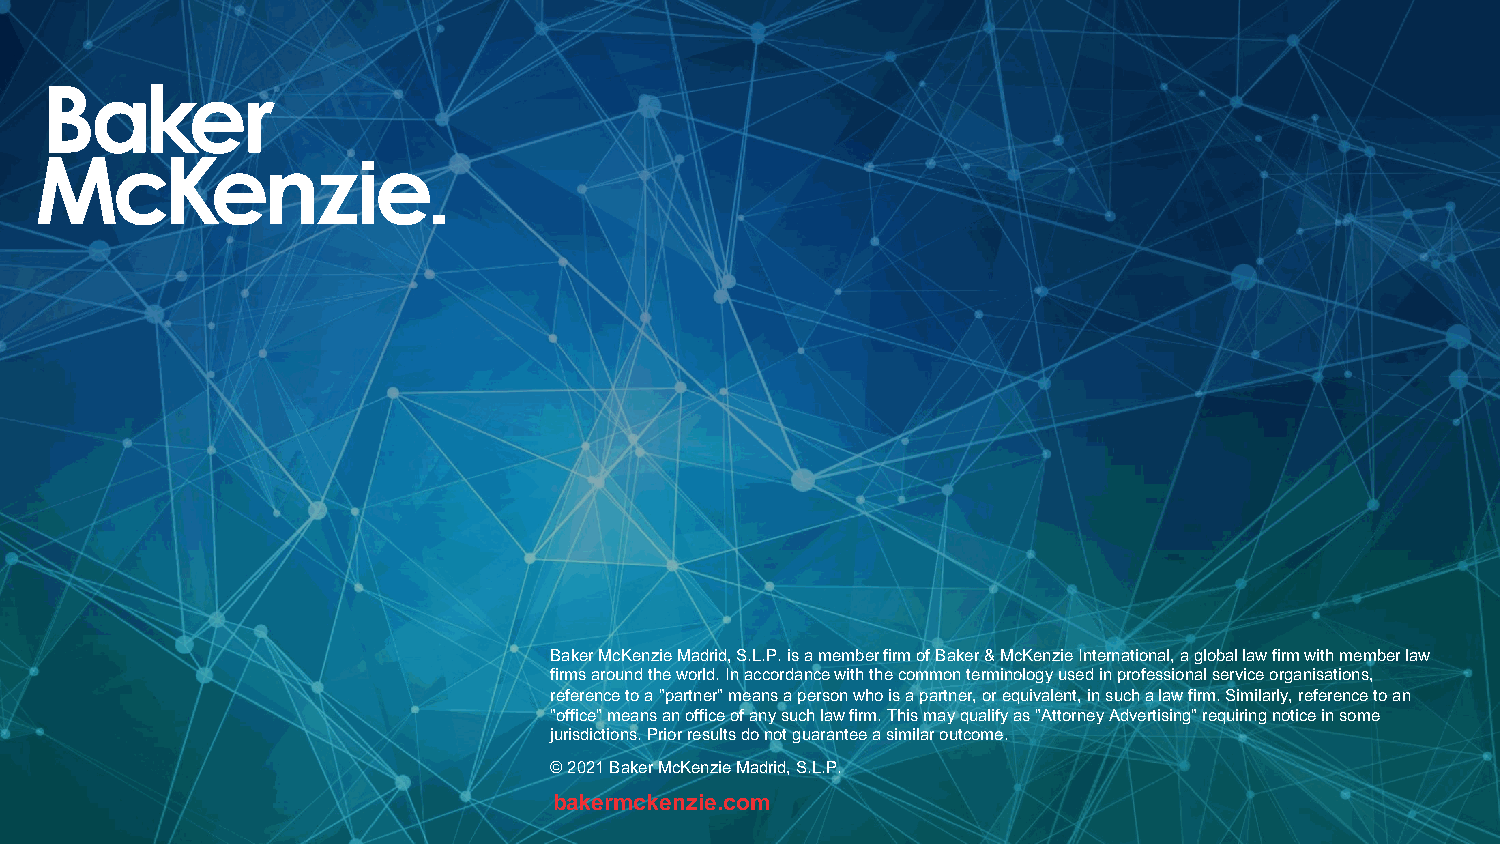
Baker McKenzie Madrid, S.L.P. is a member firm of Baker & McKenzie International, a global law firm with member law
 firms around the world. In accordance with the common terminology used in professional service organisations,
 reference to a "partner" means a person who is a partner, or equivalent, in such a law firm. Similarly, reference to an
 "office" means an office of any such law firm. This may qualify as "Attorney Advertising" requiring notice in some
 jurisdictions. Prior results do not guarantee a similar outcome.
 © 2021 Baker McKenzie Madrid, S.L.P.
 bakermckenzie.com